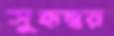
সুহৃদ্বর